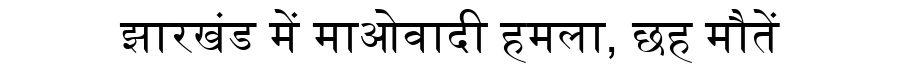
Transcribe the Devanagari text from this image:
झारखंड में माओवादी हमला, छह मौतें